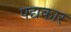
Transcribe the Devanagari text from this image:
पद्यकार